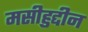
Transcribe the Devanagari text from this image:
मसीहुद्दीन